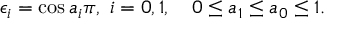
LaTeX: \epsilon _ { i } = \cos a _ { i } \pi , \ i = 0 , 1 , \quad 0 \le a _ { 1 } \le a _ { 0 } \le 1 .